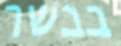
בבשר